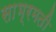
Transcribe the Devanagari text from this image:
साभ्रमती